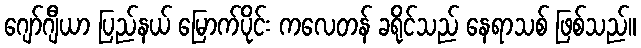
ဂျော်ဂျီယာ ပြည်နယ် မြောက်ပိုင်း ကလေတန် ခရိုင်သည် နေရာသစ် ဖြစ်သည်။